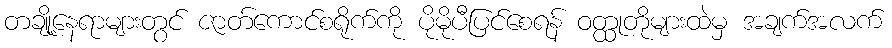
တချို့နေရာများတွင် ဇာတ်ကောင်စရိုက်ကို ပိုမိုပီပြင်စေရန် ဝတ္ထုတိုများထဲမှ အချက်အလက်